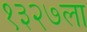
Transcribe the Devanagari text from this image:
१३२७ला